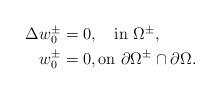
LaTeX: \begin{align*}\begin{aligned}\Delta w_0^\pm&=0, \quad\mbox{in}\ \Omega^\pm, \\w_0^\pm&=0, \mbox{on}\ \partial\Omega^\pm\cap\partial \Omega.\end{aligned}\end{align*}